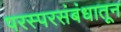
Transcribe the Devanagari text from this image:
परस्परसंबंधातून